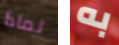
لماذا به